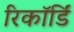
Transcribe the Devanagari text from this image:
रिकॉर्डिं